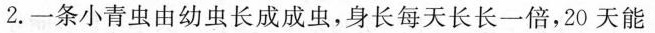
2.一条小青虫由幼虫长成成虫，身长每天长长一倍，20天能